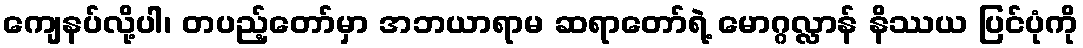
ကျေနပ်လို့ပါ၊ တပည့်တော်မှာ အဘယာရာမ ဆရာတော်ရဲ့ မောဂ္ဂလ္လာန် နိဿယ ပြင်ပုံကို